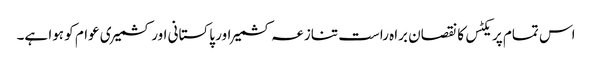
اس تمام پریکٹس کا نقصان براہ راست تنازعہ کشمیر اور پاکستانی اور کشمیری عوام کو ہوا ہے۔